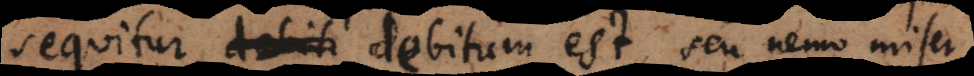
ur, debitum est, seu nemo miser